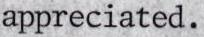
appreciated.